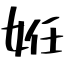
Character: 姙